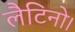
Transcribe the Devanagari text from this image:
लैटिनो।